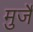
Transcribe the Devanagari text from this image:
मुर्जे